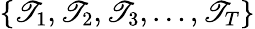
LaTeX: \left\{ \mathscr{T}_{1},\mathscr{T}_{2},\mathscr{T}_{3},\dots,\mathscr{T}_{T}\right\}